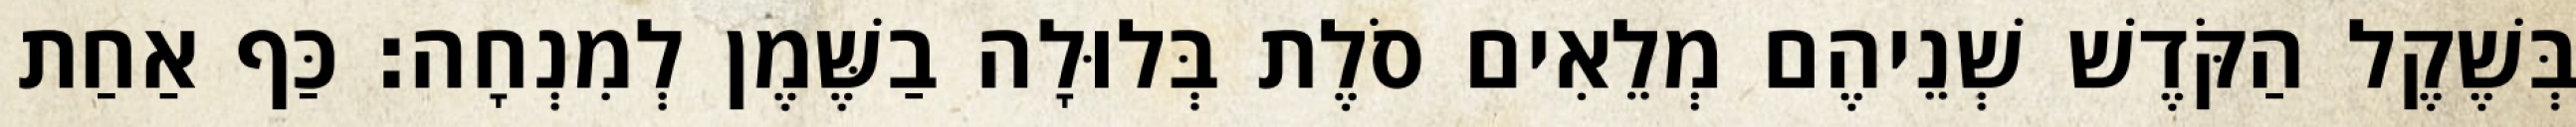
בְּשֶׁקֶל הַקֹּדֶשׁ שְׁנֵיהֶם מְלֵאִים סֹלֶת בְּלוּלָה בַשֶּׁמֶן לְמִנְחָה׃ כַּף אַחַת